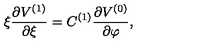
\xi \frac { \partial V ^ { ( 1 ) } } { \partial \xi } = C ^ { ( 1 ) } \frac { \partial V ^ { ( 0 ) } } { \partial \varphi } ,